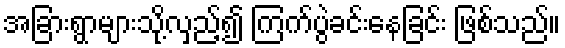
အခြားရွာများသို့လှည့်၍ ကြက်ပွဲခင်းနေခြင်း ဖြစ်သည်။